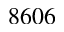
8 6 0 6